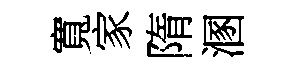
寬家隋溷